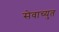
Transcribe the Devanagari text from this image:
सेवाच्युत